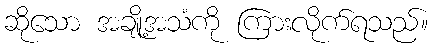
ဆိုသော အချို့အသံကို ကြားလိုက်ရသည်။